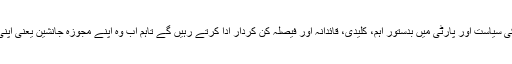
ذرائع کا کہنا ہے کہ سابق وزیراعظم اگرچہ مستقبل میں ملکی سیاست اور پارٹی میں بدستور اہم، کلیدی، قائدانہ اور فیصلہ کن کردار ادا کرتے رہیں گے تاہم اب وہ اپنے مجوزہ جانشین یعنی اپنی بیٹی مریم نواز کو عملاً آگے لانے کا فیصلہ کر چکے ہیں۔